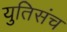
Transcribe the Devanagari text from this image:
युतिसंच